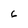
Character: 6